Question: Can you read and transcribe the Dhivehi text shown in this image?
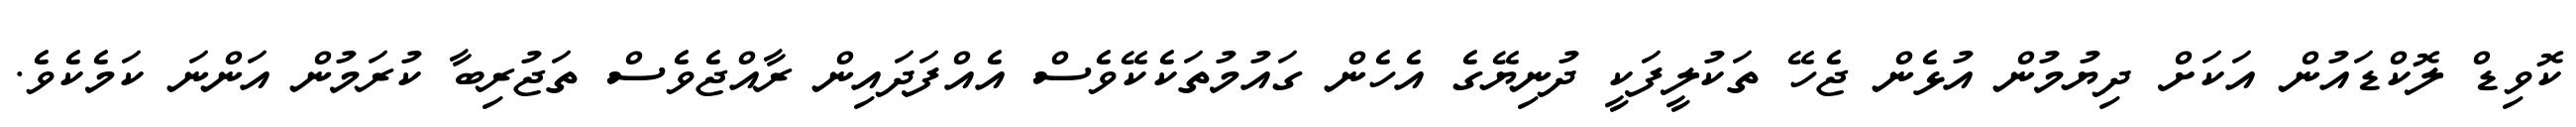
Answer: ކޮވިޑް ލޮކްޑައުން އަކަށް ދިޔުމުން އުޅެން ޖެހޭ ތަކުލީފަކީ ދުނިޔޭގެ އެހެން ގައުމުތަކެކޭވެސް އެއްފަދައިން ރާއްޖެވެސް ތަޖުރިބާ ކުރަމުން އަންނަ ކަމެކެވެ.